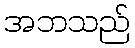
အဘသည်